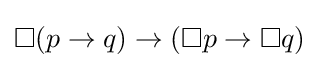
\Box (p\to q)\to (\Box p\to \Box q)